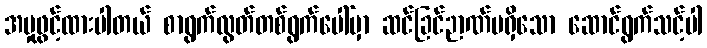
အမှုဖွင့်ထားပါတယ် စာရွက်လွတ်တစ်ရွက်ပေါ်မှာ ဆင်ခြင်ဉာဏ်မရှိသော ဆောင်ရွက်သင့်ပါ